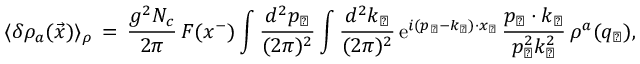
\langle \delta \rho _ { a } ( \vec { x } ) \rangle _ { \rho } \, = \, { \frac { g ^ { 2 } N _ { c } } { 2 \pi } } \, F ( x ^ { - } ) \int \frac { d ^ { 2 } p _ { \perp } } { ( 2 \pi ) ^ { 2 } } \int \frac { d ^ { 2 } k _ { \perp } } { ( 2 \pi ) ^ { 2 } } \, \mathrm { e } ^ { i ( p _ { \perp } - k _ { \perp } ) \cdot x _ { \perp } } \, { \frac { p _ { \perp } \cdot k _ { \perp } } { p _ { \perp } ^ { 2 } k _ { \perp } ^ { 2 } } } \, \rho ^ { a } ( q _ { \perp } ) ,